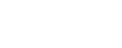
စင်ပေါ်တွင်